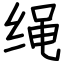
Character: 绳